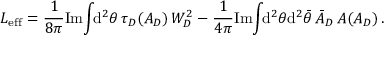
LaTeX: { \cal L } _ { \mathrm { e f f } } = \frac { 1 } { 8 \pi } \mathrm { I m } \! \int \! \! \mathrm { d } ^ { 2 } \theta \, \tau _ { D } ( A _ { D } ) \, W _ { D } ^ { 2 } - \frac { 1 } { 4 \pi } \mathrm { I m } \! \int \! \! \mathrm { d } ^ { 2 } \theta \mathrm { d } ^ { 2 } \bar { \theta } \, \bar { A } _ { D } \, A ( A _ { D } ) \, .